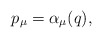
\begin{align*}p_\mu = \alpha_\mu (q),\end{align*}